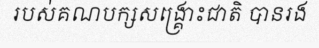
របស់គណបក្សសង្គ្រោះជាតិ បានរង